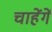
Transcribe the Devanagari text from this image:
चाहेंगें